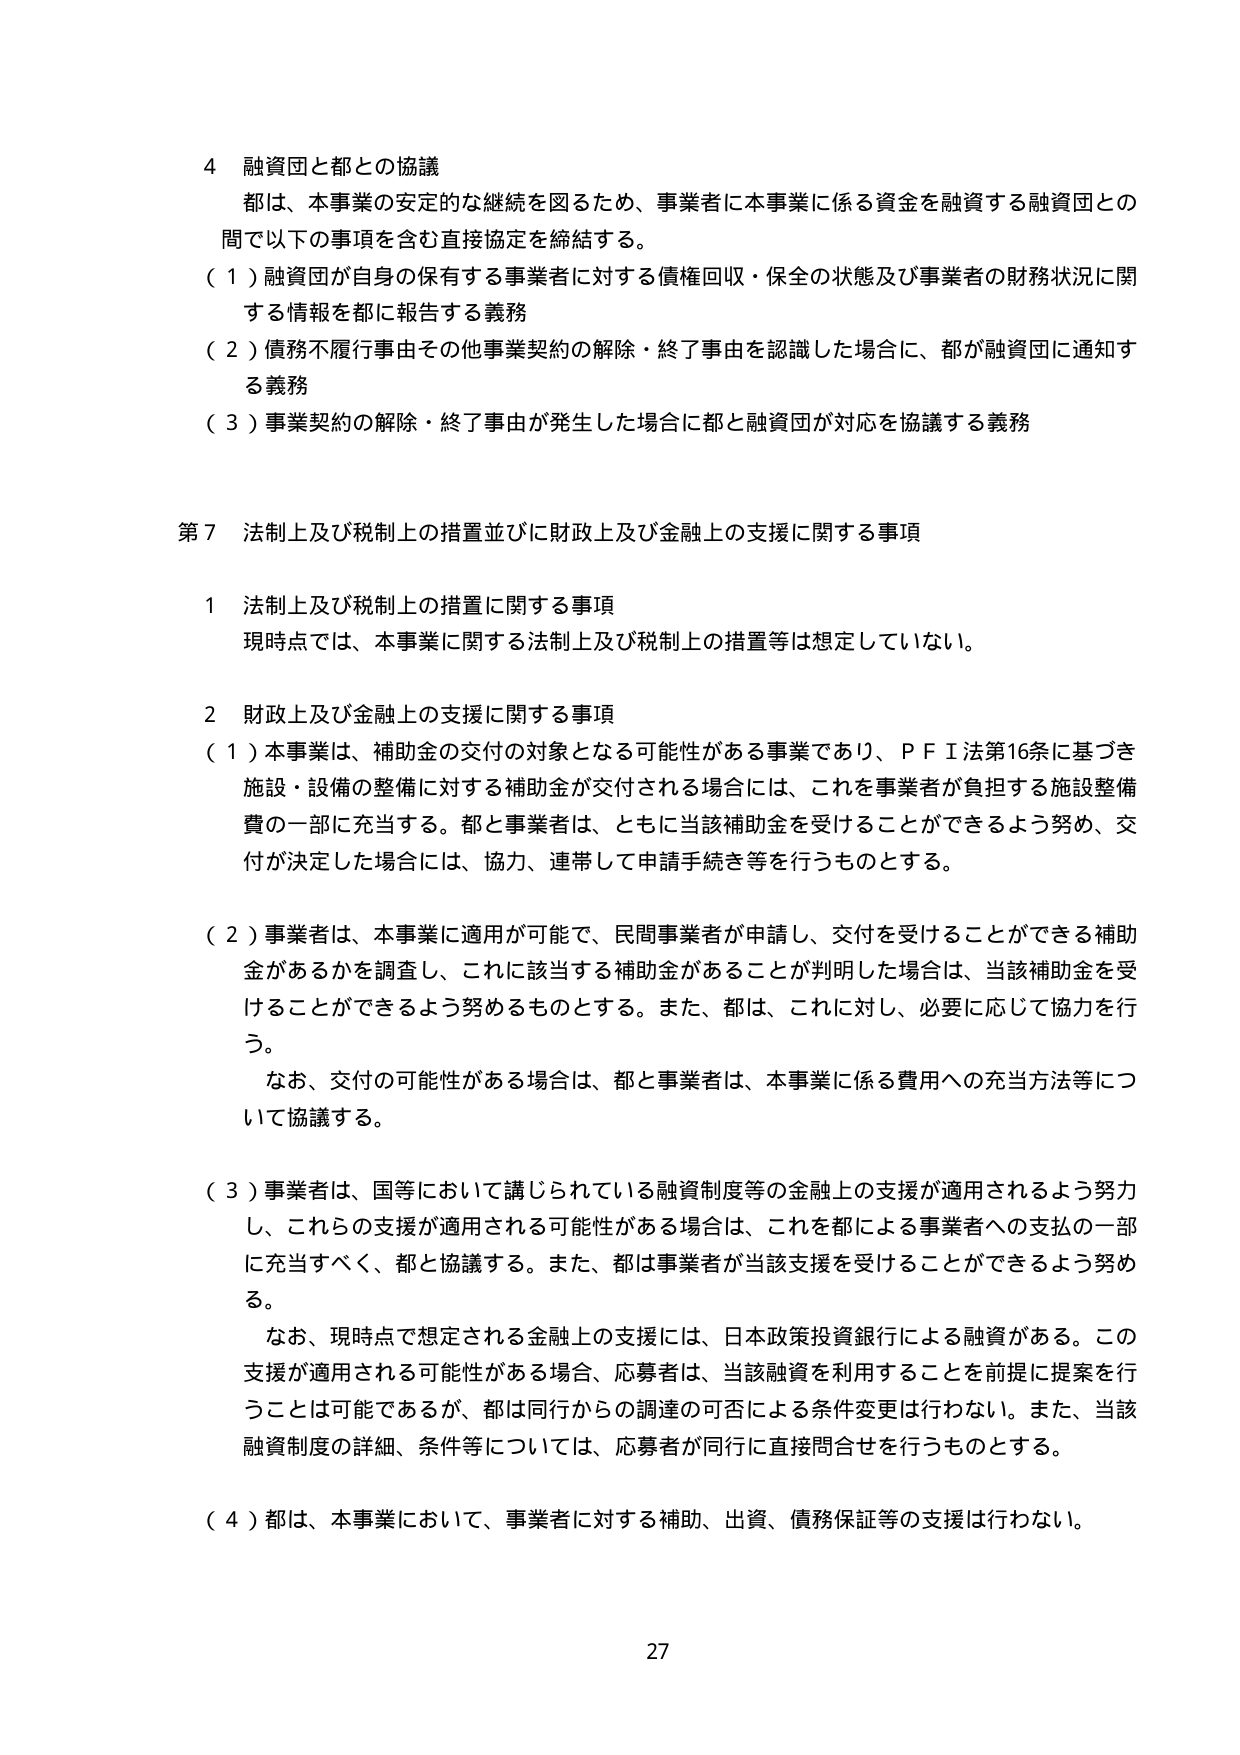
4 融資団と都との協議
都は、本事業の安定的な継続を図るため、事業者に本事業に係る資金を融資する融資団との間で以下の事項を含む直接協定を締結する。
（１）融資団が自身の保有する事業者に対する債権回収・保全の状態及び事業者の財務状況に関する情報を都に報告する義務
（２）債務不履行事由その他事業契約の解除・終了事由を認識した場合に、都が融資団に通知する義務
（３）事業契約の解除・終了事由が発生した場合に都と融資団が対応を協議する義務

第７ 法制上及び税制上の措置並びに財政上及び金融上の支援に関する事項

１ 法制上及び税制上の措置に関する事項
現時点では、本事業に関する法制上及び税制上の措置等は想定していない。

２ 財政上及び金融上の支援に関する事項
（１）本事業は、補助金の交付の対象となる可能性がある事業であり、ＰＦＩ法第16条に基づき施設・設備の整備に対する補助金が交付される場合には、これを事業者が負担する施設整備費の一部に充当する。都と事業者は、ともに当該補助金を受けることができるよう努め、交付が決定した場合には、協力、連帯して申請手続き等を行うものとする。

（２）事業者は、本事業に適用が可能で、民間事業者が申請し、交付を受けることができる補助金があるかを調査し、これに該当する補助金があることが判明した場合は、当該補助金を受けることができるよう努めるものとする。また、都は、これに対し、必要に応じて協力を行う。
　なお、交付の可能性がある場合は、都と事業者は、本事業に係る費用への充当方法等について協議する。

（３）事業者は、国等において講じられている融資制度等の金融上の支援が適用されるよう努力し、これらの支援が適用される可能性がある場合は、これを都による事業者への支払の一部に充当すべく、都と協議する。また、都は事業者が当該支援を受けることができるよう努める。
　なお、現時点で想定される金融上の支援には、日本政策投資銀行による融資がある。この支援が適用される可能性がある場合、応募者は、当該融資を利用することを前提に提案を行うことは可能であるが、都は同行からの調達の可否による条件変更は行わない。また、当該融資制度の詳細、条件等については、応募者が同行に直接問合せを行うものとする。

（４）都は、本事業において、事業者に対する補助、出資、債務保証等の支援は行わない。

27